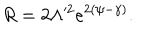
R = 2 \Lambda ^ { 2 } e ^ { 2 ( \psi - \gamma ) } .